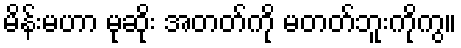
မိန်းမဟာ မုဆိုး အတတ်ကို မတတ်ဘူးကိုကွ။